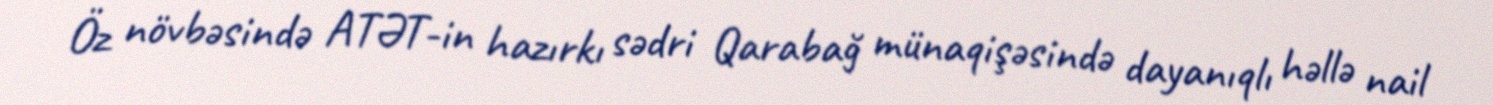
Öz növbəsində ATƏT-in hazırkı sədri Qarabağ münaqişəsində dayanıqlı həllə nail